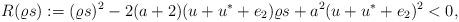
LaTeX: \begin{align*} R(\varrho s):=(\varrho s)^2-2(a+2)(u+u^*+e_2)\varrho s +a^2(u+u^*+e_2)^2<0,\end{align*}